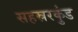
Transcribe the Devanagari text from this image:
सहस्ररकुंड